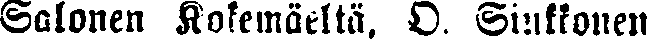
Salonen Kokemäeltä, O. Sinkkonen